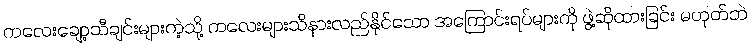
ကလေးချော့သီချင်းများကဲ့သို့ ကလေးများသိနားလည်နိုင်သော အကြောင်းရပ်များကို ဖွဲ့ဆိုထားခြင်း မဟုတ်ဘဲ